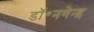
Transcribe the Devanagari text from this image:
डॉ॰नगेन्द्र